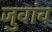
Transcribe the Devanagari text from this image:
जुवांव